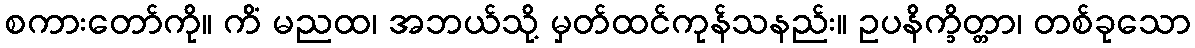
စကားတော်ကို။ ကိံ မညထ၊ အဘယ်သို့ မှတ်ထင်ကုန်သနည်း။ ဥပနိက္ခိတ္တာ၊ တစ်ခုသော